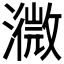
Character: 𤁚